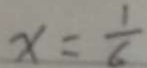
x = \frac { 1 } { 6 }